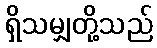
ရှိသမျှတို့သည်